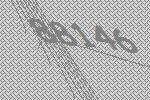
88146